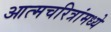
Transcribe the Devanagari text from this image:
आत्मचरित्रांमध्ये